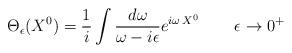
LaTeX: \begin{align*}\Theta_\epsilon (X^0) = \frac{1}{i}\int \frac{d\omega}{\omega -i\epsilon}e^{i\omega\, X^0}\, \qquad \epsilon \to 0^+ \end{align*}